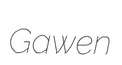
Gawen